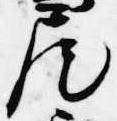
尾